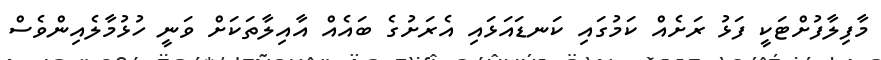
މާފިލާފުށްޓަކީ ފަޅު ރަށެއް ކަމުގައި ކަނޑައަޅައި އެރަށުގެ ބައެއް އާއިލާތަކަށް ވަނީ ހުޅުމާލެއިންވެސް